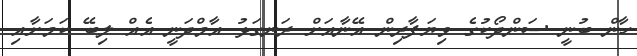
ހާން ބުނީ ސަންދޯކުގެ ވިޔަފާރިން އޭނާއަށް ރަނގަޅު އާމްދަނީ އެއް ލިބޭ ކަމަށާއި